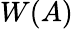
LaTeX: W(A)